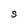
Character: S